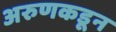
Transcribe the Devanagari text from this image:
अरुणकडून